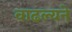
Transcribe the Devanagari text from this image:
वाढल्यने